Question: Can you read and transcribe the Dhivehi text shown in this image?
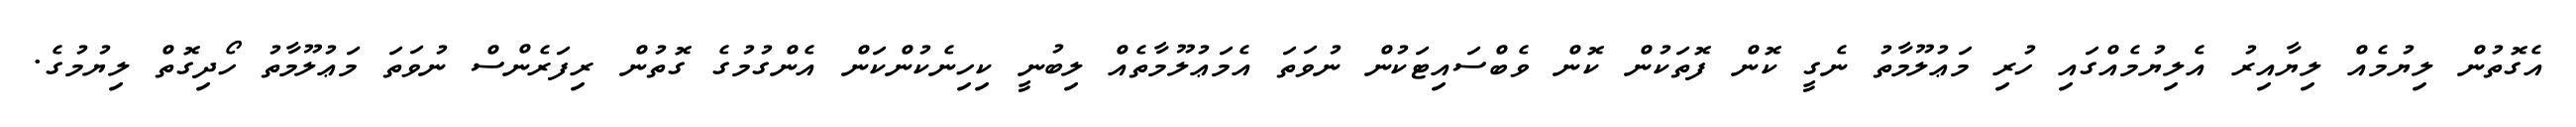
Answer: އެގޮތުން ލިޔުމެއް ލިޔާއިރު އެލިޔުމެއްގައި ހުރި މަޢުލޫމާތު ނެގީ ކޮން ފޮތަކުން ކޮން ވެބްސައިޓަކުން ނުވަތަ އެމަޢުލޫމާތެއް ލިބުނީ ކިހިނެކުންކަން އެންގުމުގެ ގޮތުން ރިފަރެންސް ނުވަތަ މަޢުލޫމާތު ހޯދިގޮތް ލިޔުމުގެ.